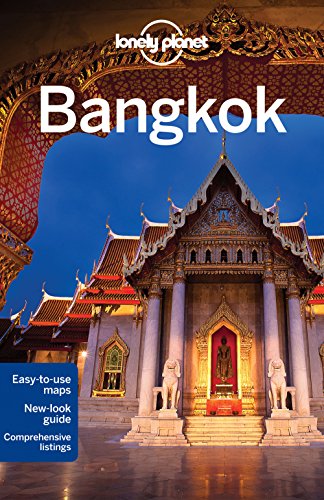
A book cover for Lonely Planet Bangkok (Travel Guide); Lonely Planet; Travel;